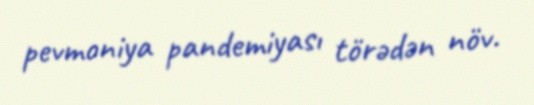
pevmoniya pandemiyası törədən növ.